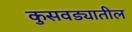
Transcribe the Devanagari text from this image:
कुसवड्यातील